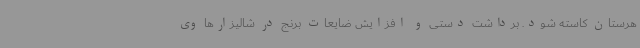
هرستان کاسته شود. برداشت دستی و افزایش ضایعات برنج در شالیزارها وی